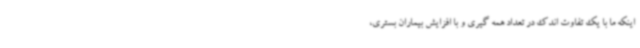
اینکه ما با یک تفاوت اندک در تعداد همه گیری و با افزایش بیماران بستری،